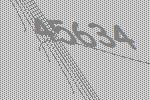
45634